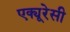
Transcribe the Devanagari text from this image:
एक्यूरेसी